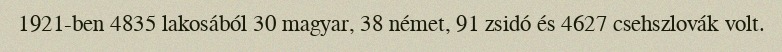
1921-ben 4835 lakosából 30 magyar, 38 német, 91 zsidó és 4627 csehszlovák volt.